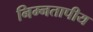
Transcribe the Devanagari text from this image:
निम्नतापीय